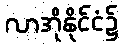
လာအိုနိုင်ငံ၌